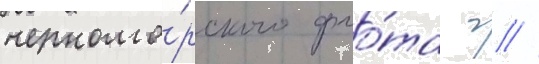
черномо́рского фло́та г //